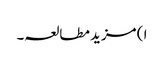
ا ) مزید مطالعہ۔